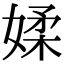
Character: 媃